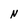
Character: N